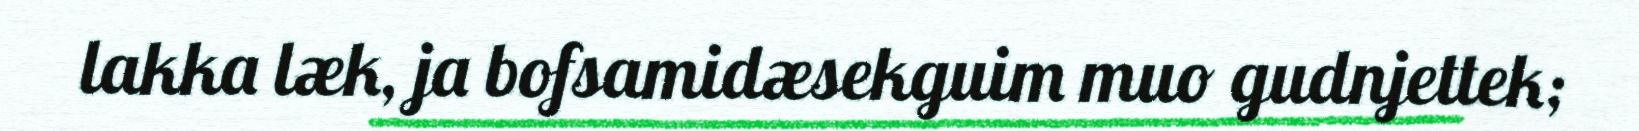
lakka læk, ja bofsamidæsekguim muo gudnjettek;